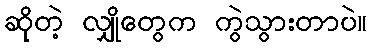
ဆိုတဲ့ လျှိုတွေက ကွဲသွားတာပဲ။